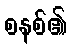
စနစ်၏